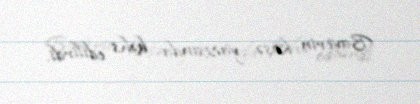
Bayerin köşə yazısında bəhs edilirdi.